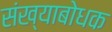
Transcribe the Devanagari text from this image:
संख्याबोधक